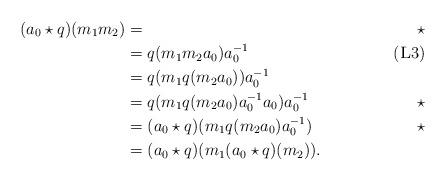
LaTeX: \begin{align*}(a_0 \star q)(m_1m_2) &=&\,\,\star \\&=q(m_1m_2a_0)a^{-1}_0 &\,\, (\textsc{L}3)\\&=q(m_1q(m_2a_0))a^{-1}_0 \\&=q(m_1q(m_2a_0)a^{-1}_0a_0)a^{-1}_0&\,\, \star \\&= (a_0 \star q)(m_1q(m_2a_0)a^{-1}_0)&\,\,\star\\&=(a_0 \star q)(m_1 (a_0 \star q)(m_2)).\end{align*}